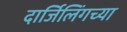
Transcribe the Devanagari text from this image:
दार्जिलिंगच्या